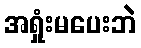
အရှုံးမပေးဘဲ